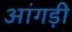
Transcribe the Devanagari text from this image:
आंगड़ी